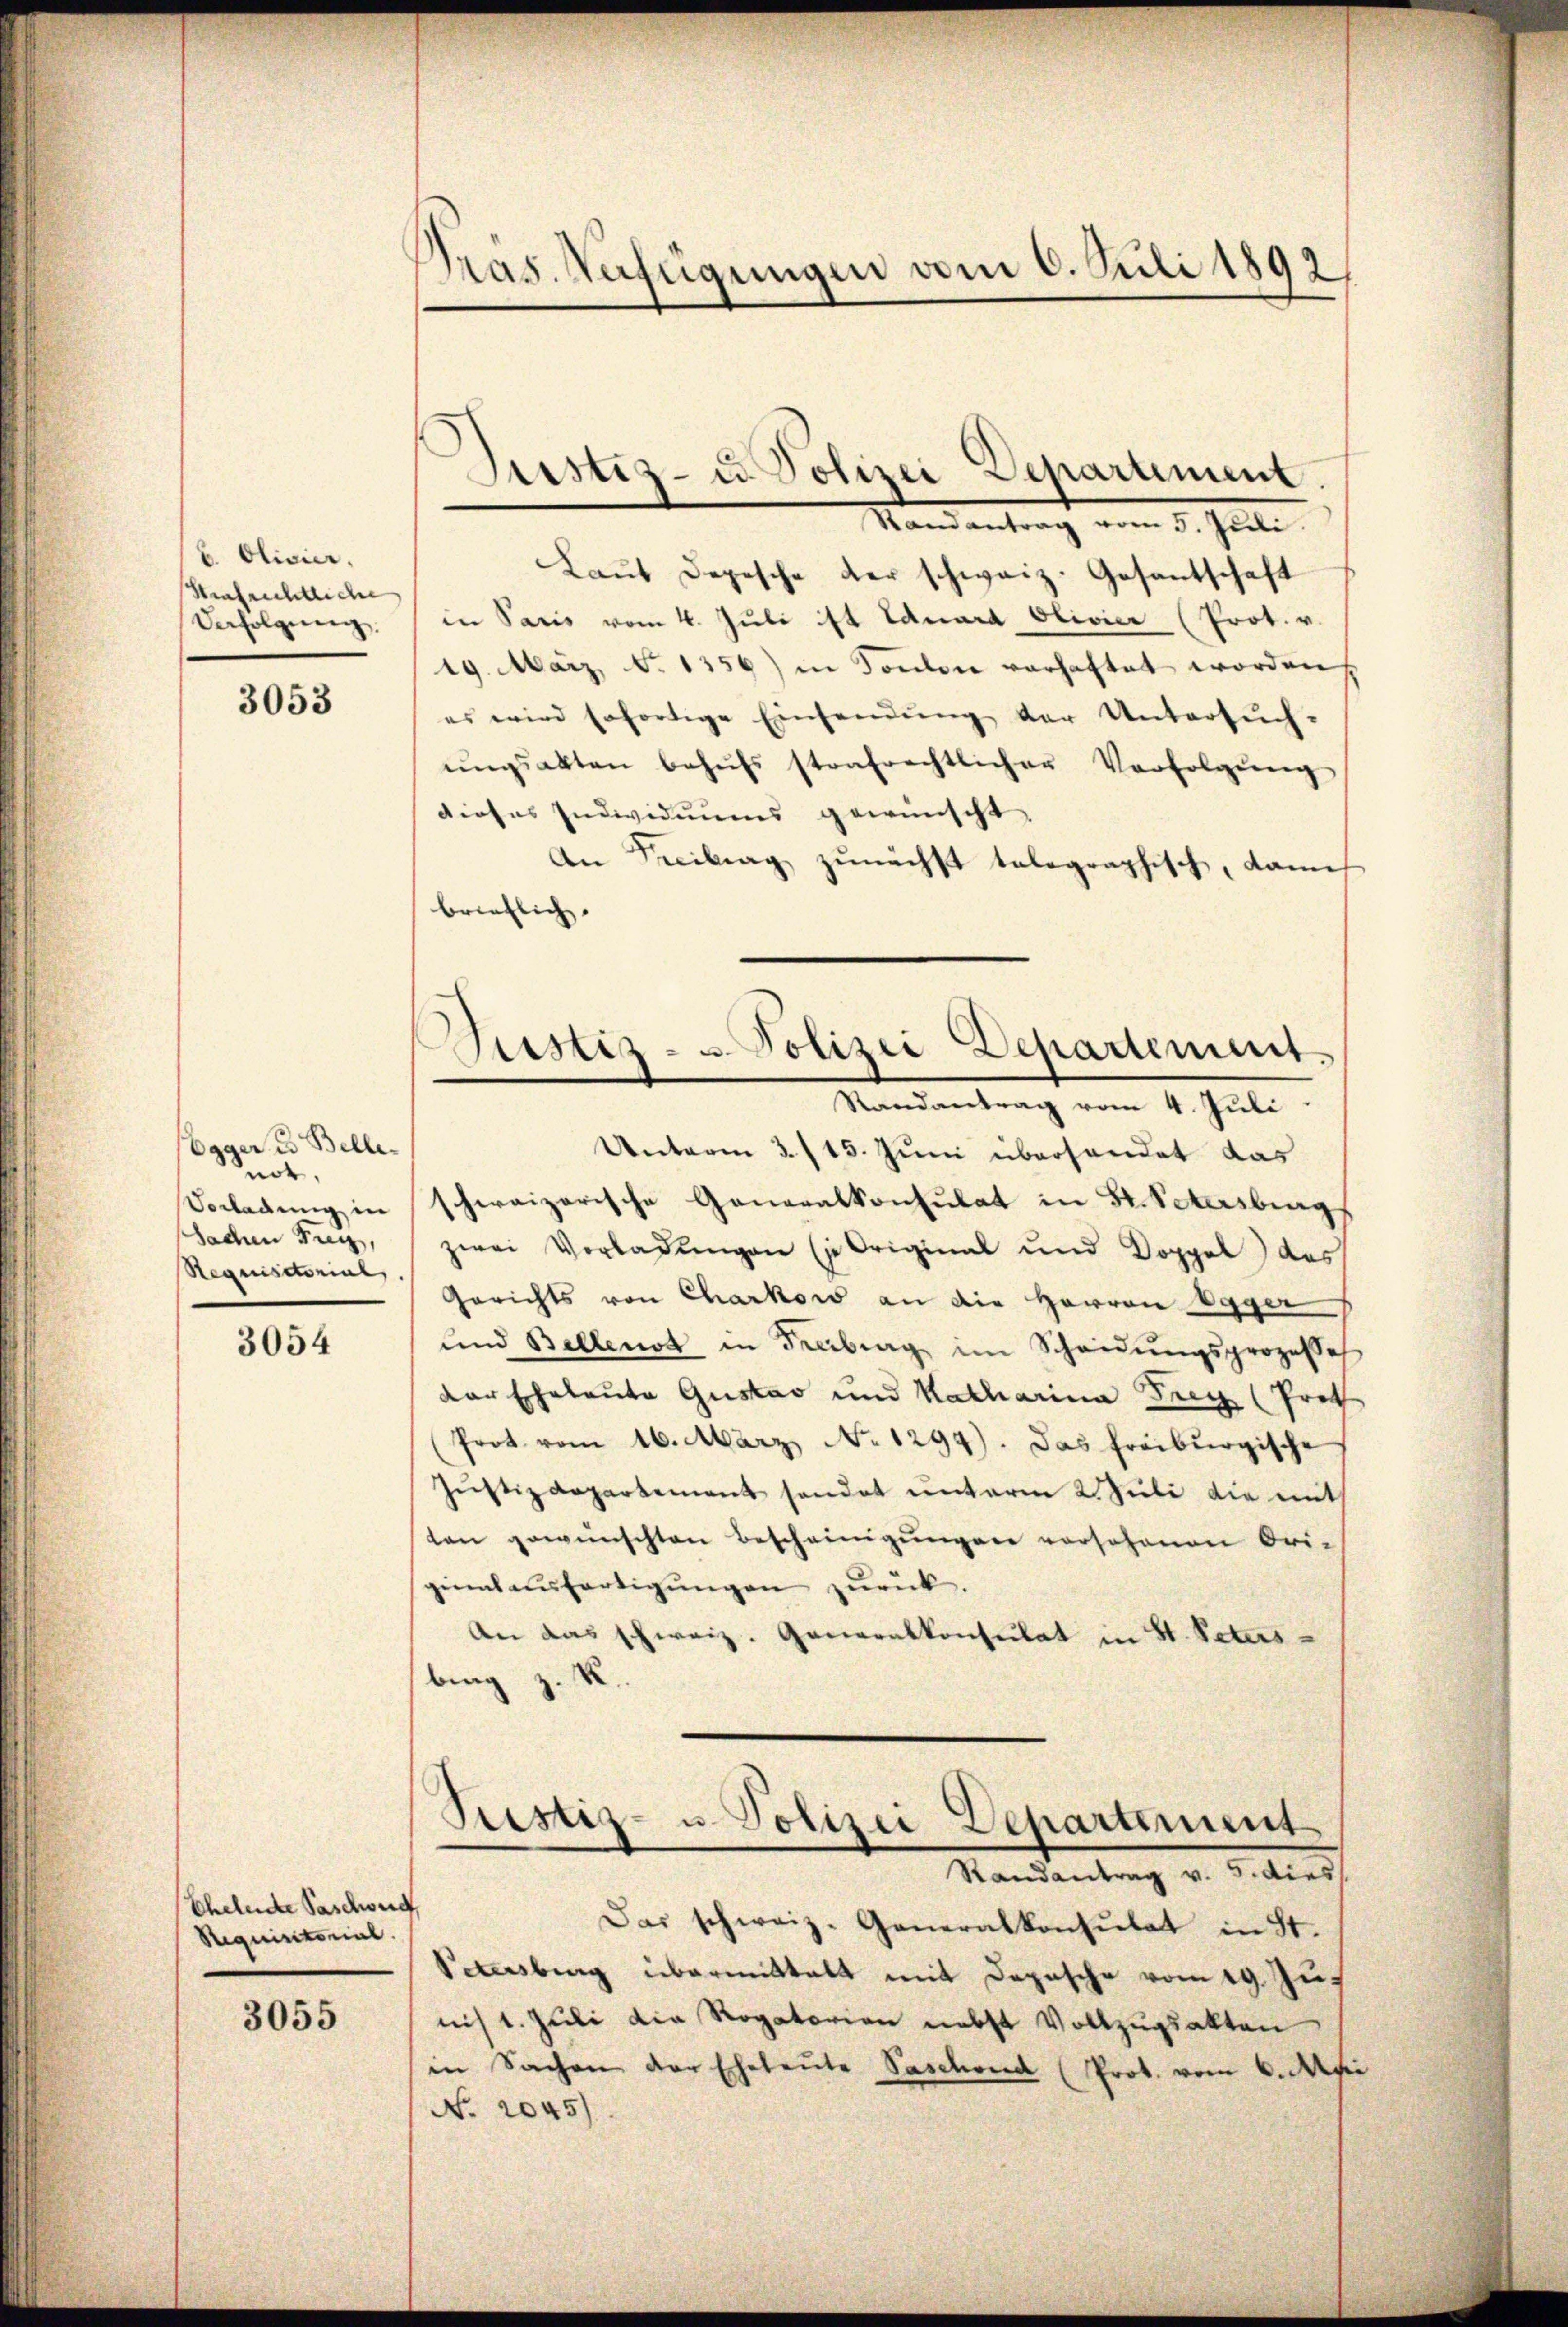
. Olivier.
Strafrichtliche
Verfolgung.

3053

Egger u. Bellenot,
Vorladung in
Sachen Frey,
Requisitorial.

3054

Ehelende Paschwerd
Requisitorial.

3055

Präs. Verfügungen vom 6. Juli 1892,

Justiz- u. Polizei Departement

Randantrag vom 5. Juli.
Laŭt Depesche der schweiz. Gesantschaft
in Paris vom 4. Juli ist Eduard Olivier (Prot. v.
19. März d. 1356) in Soulon vorhaftet worden
es wird sofortige Einsendŭng der Untersŭch-
ŭngsakten behŭfs strafrechtlicher Verfolgŭng
dieses Individuums gewünscht,
An Freitrag zunächst telegraphisch, dami
brieflich.
Unterm 3. 115. Juni überhandet das
schweizerische Generalkonsulat in B. Petersburg
zwei Vorladungen (in Original und Doppel des
Gerichts von Charkow an die Herren Egger
und Bellenst in Freibung im Scheidŭngsprozesse
der Eheleute Gustav und Katharina Frey (Prot
(Prot. vom 16. März No 1299). Das freiburgische
Jŭstizdepartement sendet ŭnterm 2. Juli die mit
ten gewünschten Bescheinigŭngen vorsehenen Ori-
ginalaufertigŭngen zurück.
An das schweiz. Generalkonsulat in St. Peters
bing z. R.

Gustiz- u. Polizei Departement
Randantrag vom 4. Juli

Prestiz- u. Polizei Departement
Randantrag v. 5. dies

Das schweiz. Generalkonsulat in St.
Petersburg übermittalt mit Depesche vom 19. Zunis 1. Juli die Rogatorien nebst Vollzugsakten
in Sachen der Eheleute Paschend (Prot. vom 6. Mai
No. 2045)